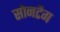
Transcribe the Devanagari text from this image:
सोनटैग